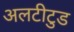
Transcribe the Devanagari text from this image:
अलटीटुड